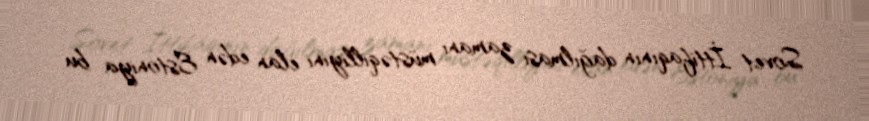
Sovet İttifaqının dağılması zamanı müstəqilliyini elan edən Estoniya bu